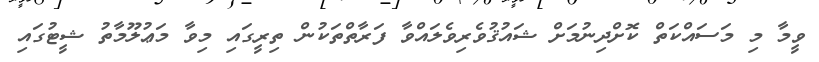
ވީމާ މި މަސައްކަތް ކޮށްދިނުމަށް ޝައުޤުވެރިވެލައްވާ ފަރާތްތަކުން ތިރީގައި މިވާ މަޢުލޫމާތު ޝީޓުގައި